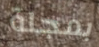
بمجلة